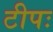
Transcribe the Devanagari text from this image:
टीपः